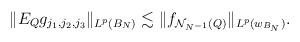
LaTeX: \begin{align*}\|E_{Q}g_{j_{1},j_{2},j_{3}}\|_{L^p({B_{N}})} \lesssim \|f_{\mathcal{N}_{N^{-1}}(Q)}\|_{L^p(w_{B_{N}})}.\end{align*}